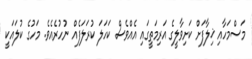
މަސްމަހާއި ޚިލާފަށް ކަށިވާލީގެ އަރިމަތީގައި އެއްވެސް ކަަހަލަ ކުރަލަފެއް ނުހުރެއެވެ. މަހުގެ ކުލައަކީ